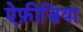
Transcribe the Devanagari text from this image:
ऐफ़ीज़िया